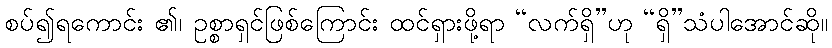
စပ်၍ရကောင်း ၏၊ ဥစ္စာရှင်ဖြစ်ကြောင်း ထင်ရှားဖို့ရာ “လက်ရှိ”ဟု “ရှိ”သံပါအောင်ဆို။